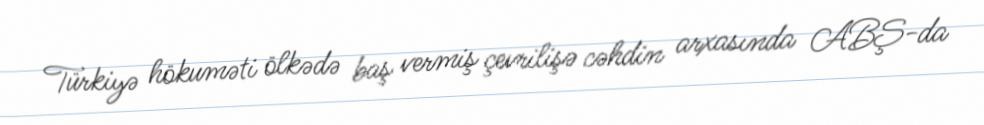
Türkiyə hökuməti ölkədə baş vermiş çevrilişə cəhdin arxasında ABŞ-da